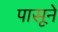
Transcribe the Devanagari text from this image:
पासूने